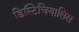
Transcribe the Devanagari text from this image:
डिस्टिचियासिस